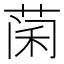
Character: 𮶨